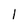
Character: 1